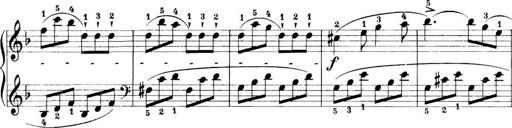
Title: 11 Sonatinas
Composer: Anton Diabelli